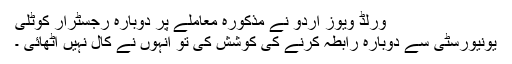
ورلڈ ویوز اردو نے مذکورہ معاملے پر دوبارہ رجسٹرار کوٹلی
یونیورسٹی سے دوبارہ رابطہ کرنے کی کوشش کی تو انہوں نے کال نہیں اٹھائی ۔